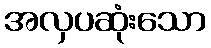
အလှပဆုံးသော